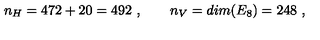
n _ { H } = 4 7 2 + 2 0 = 4 9 2 \ , \qquad n _ { V } = d i m ( E _ { 8 } ) = 2 4 8 \ ,